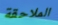
الملاحقة